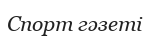
Спорт гәзеті